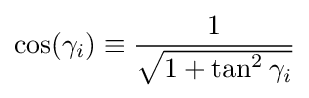
\cos(\gamma _{i})\equiv {\frac {1}{\sqrt {1+\tan ^{2}{\gamma _{i}}}}}